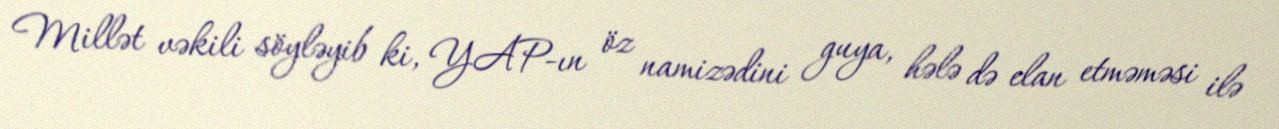
Millət vəkili söyləyib ki, YAP-ın öz namizədini guya, hələ də elan etməməsi ilə